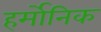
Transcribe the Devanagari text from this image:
हर्मोनिक